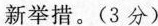
新举措。(3分)